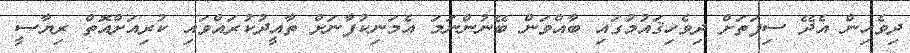
ދިވެހިން އެދޭ ސިފަތަށް ދިވެހިޤައުމުގައި ބާއްވަން ބޭނުންނަމަ އެމަނިކުފާނަށް ތާއީދުކުރައްވައި ކުރިއަށްއޮތް ރިޔާސީ